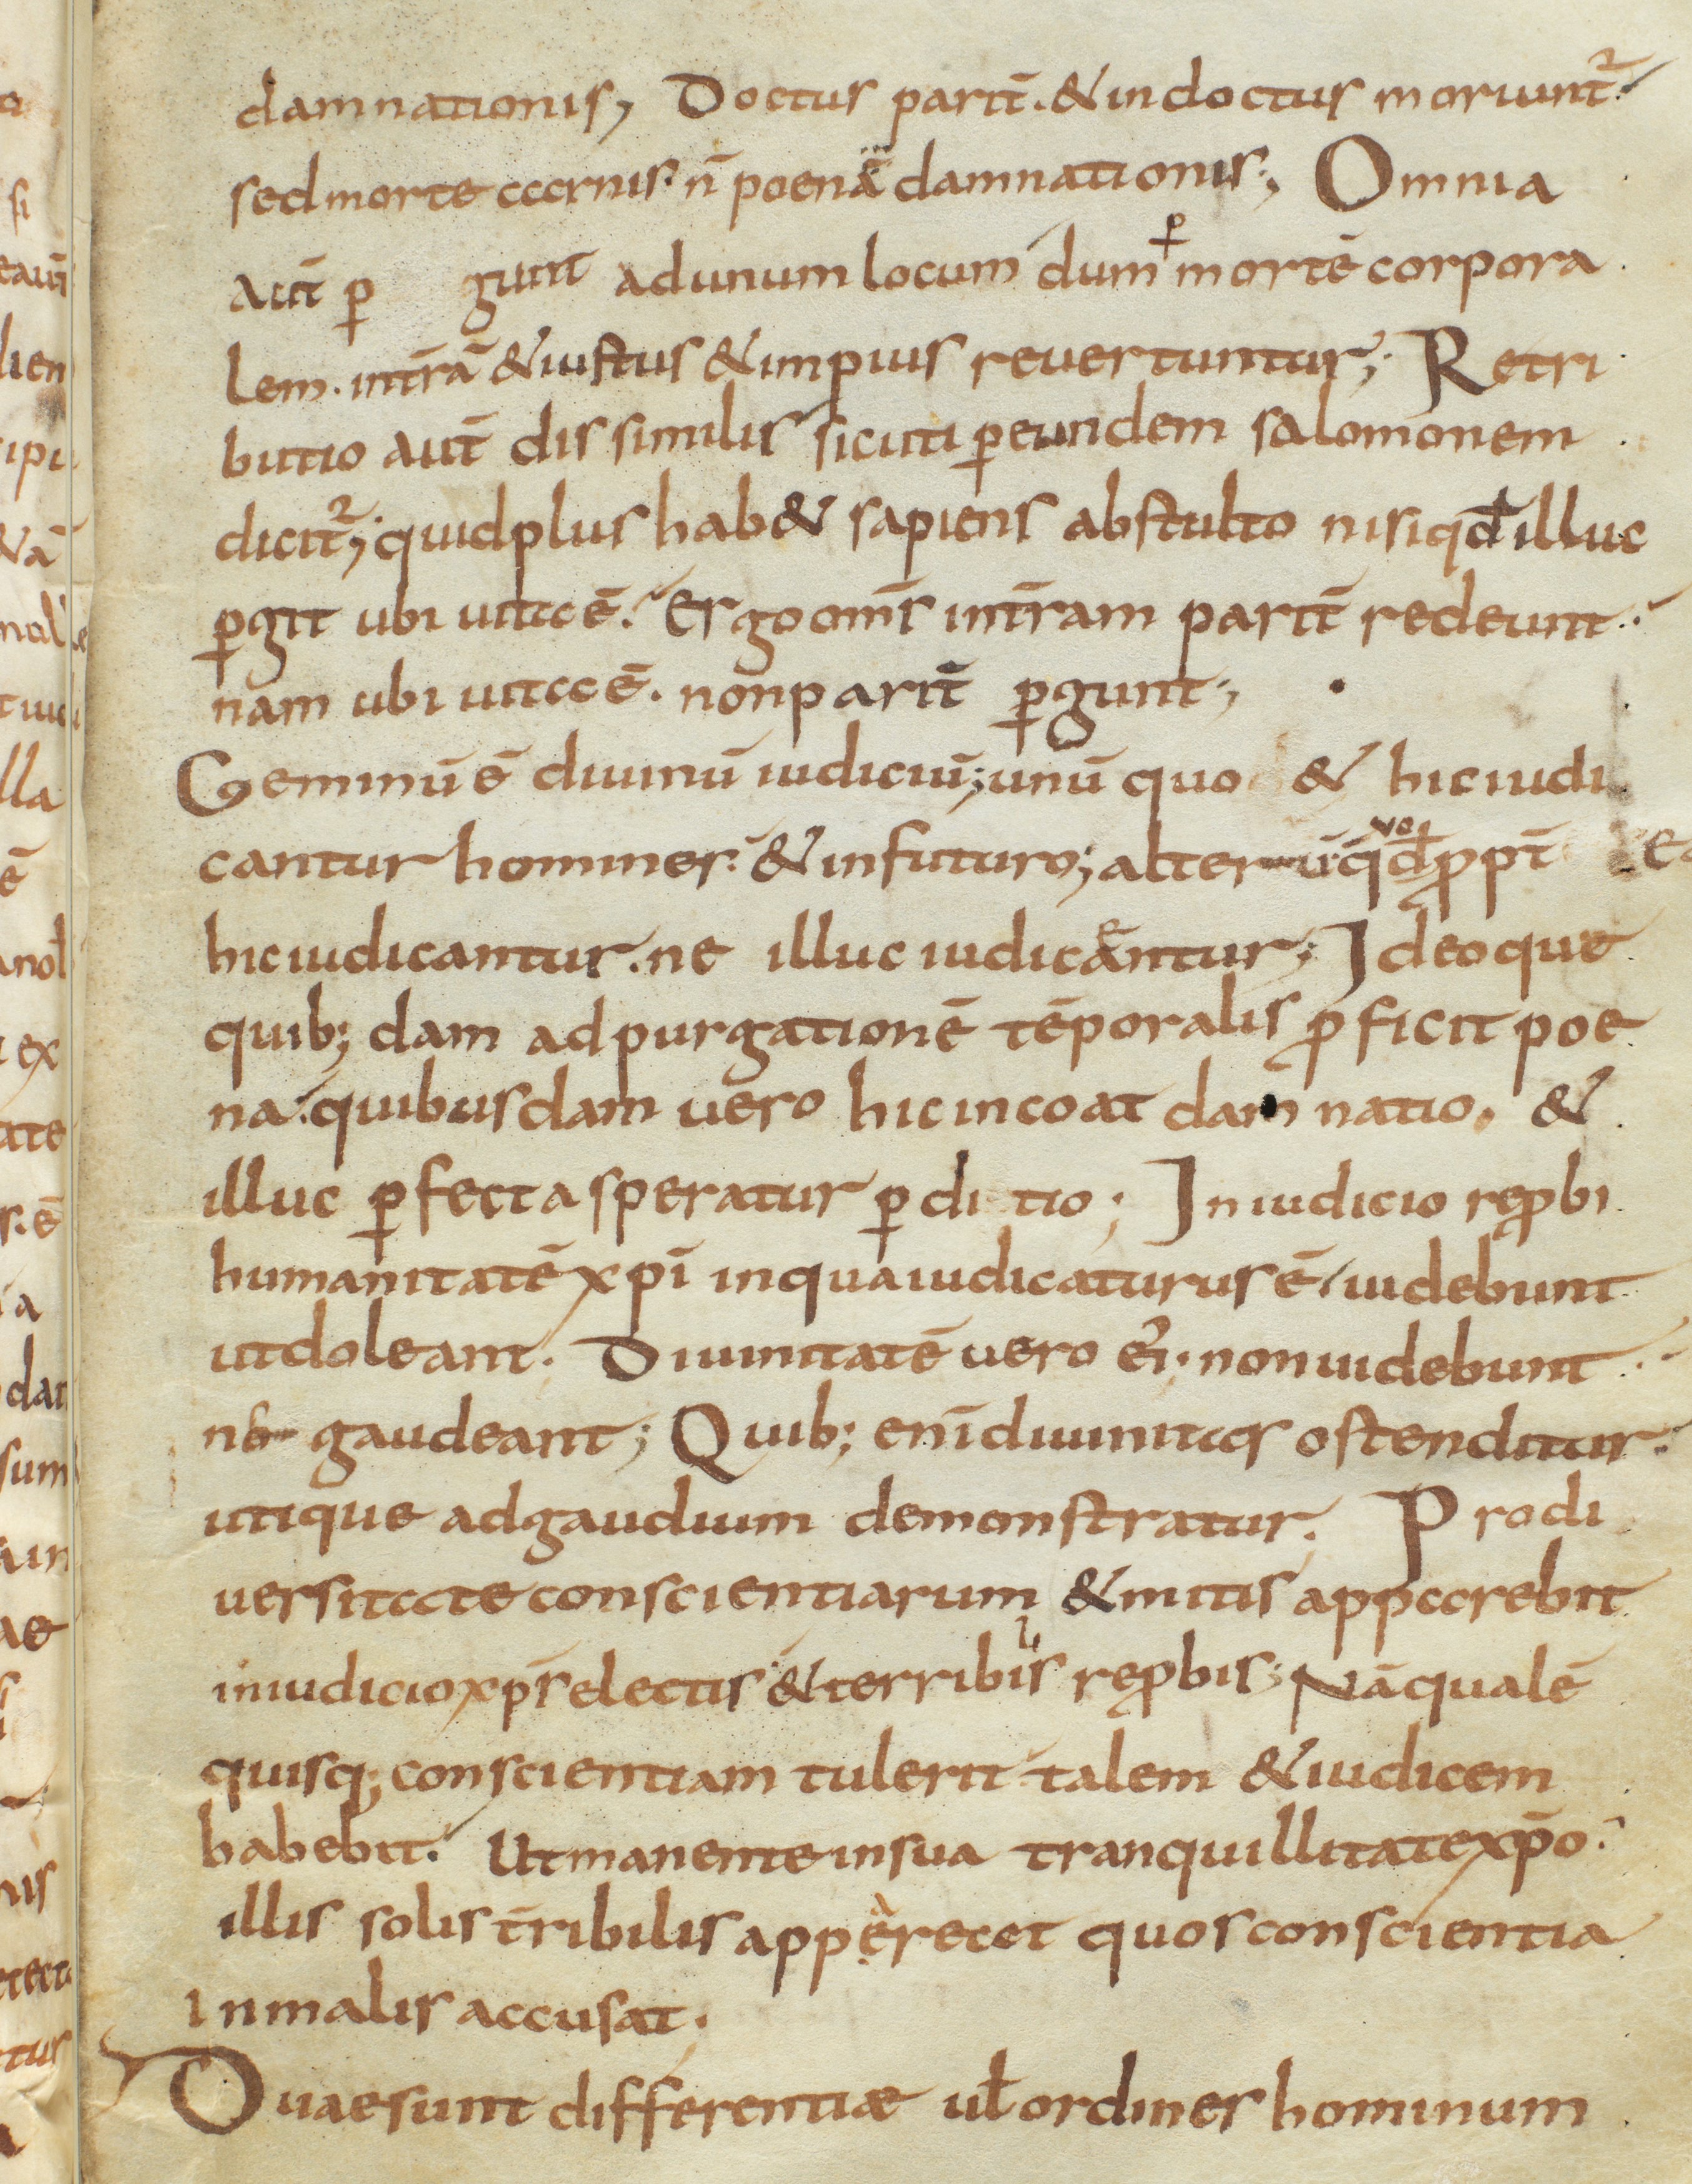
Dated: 800–833